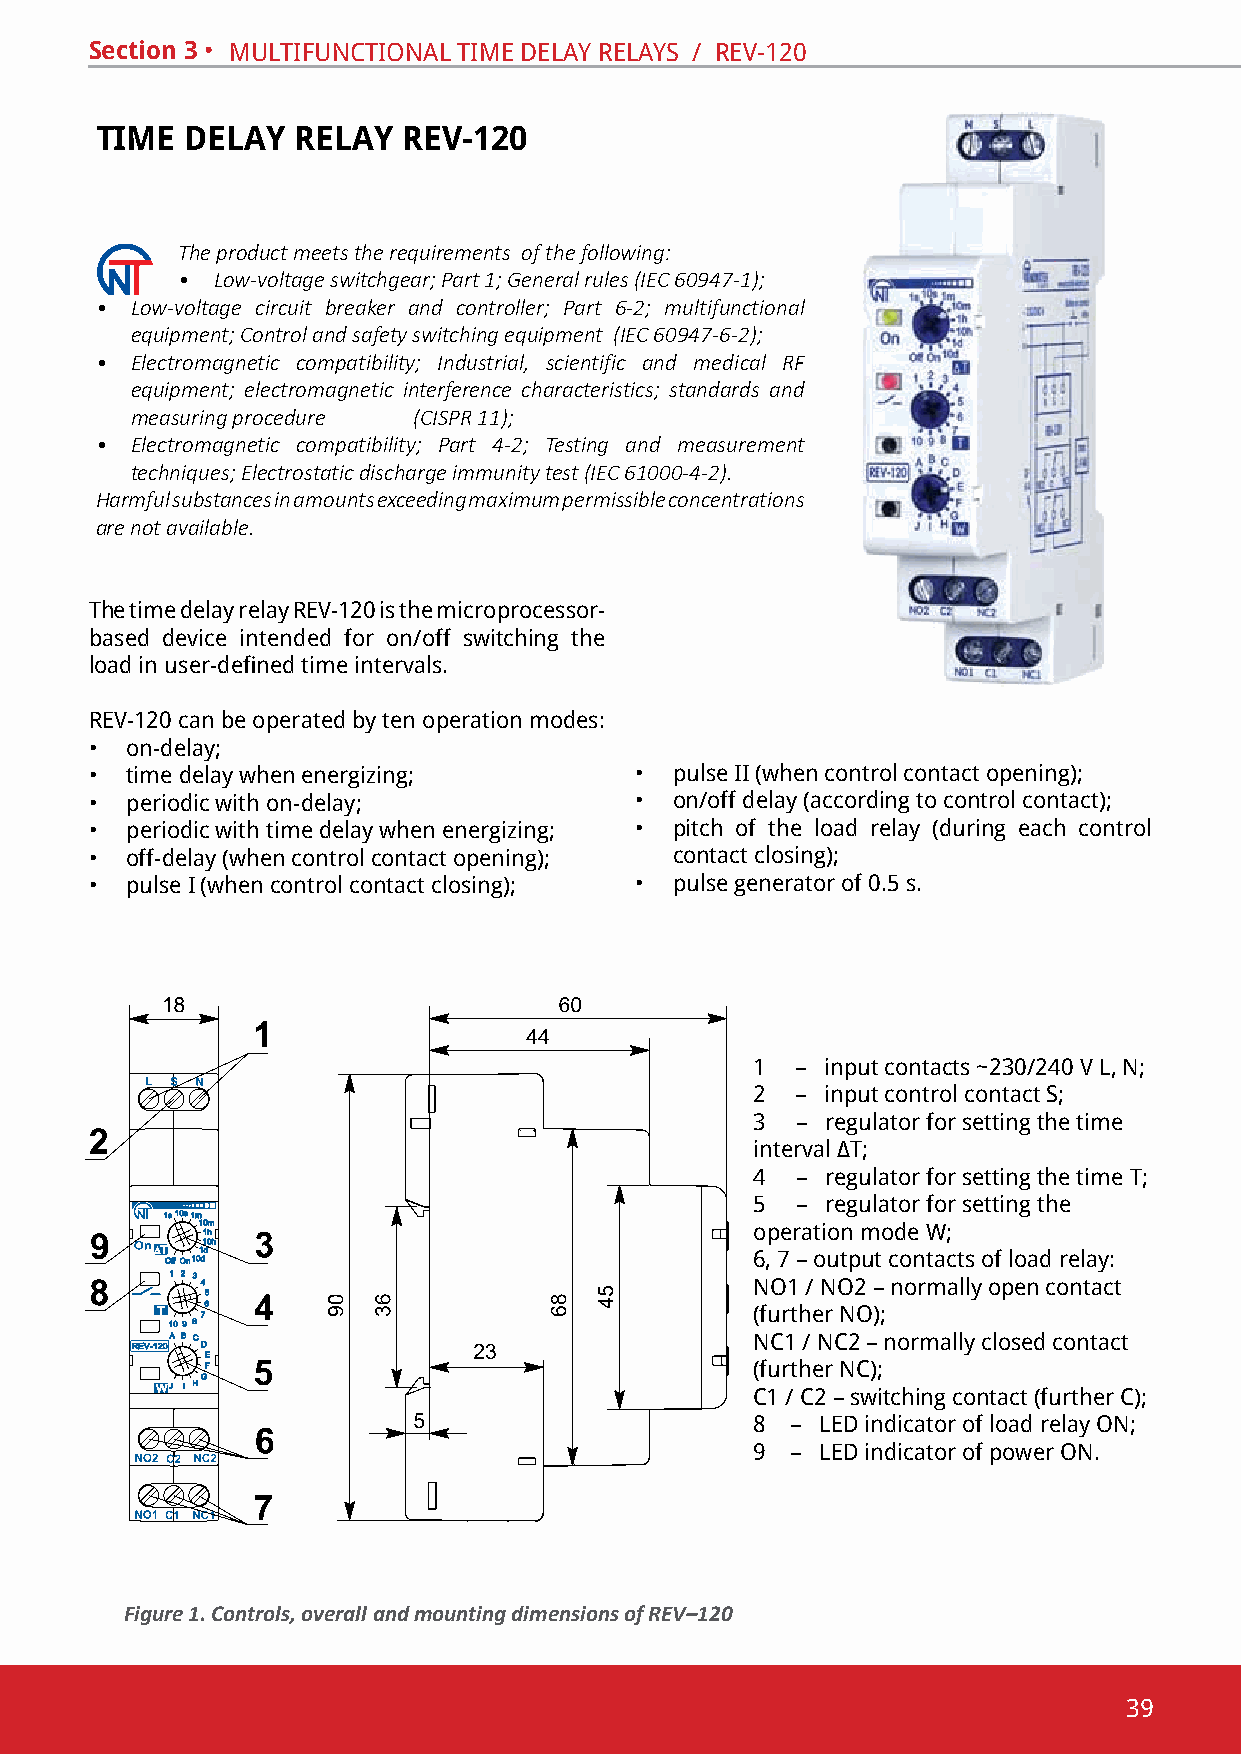
Section 3 • multifunctional time delaY RelaYs / Rev-120
 TIME  DELAY  RELAY   REV-120
 The product meets the requirements of the following:
 • Low-voltage switchgear; Part 1; General rules (IEC 60947-1);
 •  Low-voltage circuit breaker and controller; Part 6-2; multifunctional
 equipment; Control and safety switching equipment (ІEC 60947-6-2);
 •  Electromagnetic compatibility; Industrial, scientific and medical RF
 equipment; electromagnetic interference characteristics; standards and
 measuring procedure (CISPR 11);
 •  Electromagnetic compatibility; Part 4-2; Testing and measurement
 techniques; Electrostatic discharge immunity test (IEC 61000-4-2).
 Harmful substances in amounts exceeding maximum permissible concentrations
 are not available.
 the time delay relay Rev-120 is the microprocessor-
 based device intended for on/off switching the
 load in user-defined time intervals.
 Rev-120 can be operated by ten operation modes:
 • on-delay;
 • time delay when energizing;       •  pulse ii (when control contact opening);
 • periodic with on-delay;           •  on/off delay (according to control contact);
 • periodic with time delay when energizing; • pitch of the load relay (during each control
 • off-delay (when control contact opening); contact closing);
 • pulse i (when control contact closing); • pulse generator of 0.5 s.
 1  – input contacts ~230/240 v l, n;
 2  – input control contact s;
 3  – regulator for setting the time
 interval ∆T;
 4  – regulator for setting the time Т;
 5  – regulator for setting the
 operation mode W;
 6, 7 – output contacts of load relay:
 no1 / no2 – normally open contact
 (further no);
 nc1 / nc2 – normally closed contact
 (further nc);
 С1 / С2 – switching contact (further С);
 8 – led indicator of load relay on;
 9 – led indicator of power on.
 Figure 1. Controls, overall and mounting dimensions of REV–120
 39